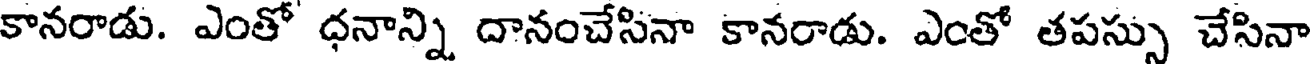
కానరాడు. ఎంతో ధనాన్ని దానంచేసినా కానరాడు. ఎంతో తపస్సు చేసినా